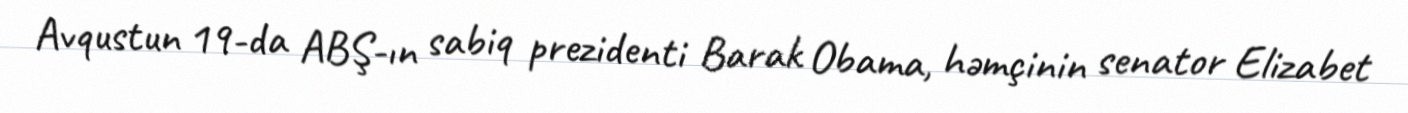
Avqustun 19-da ABŞ-ın sabiq prezidenti Barak Obama, həmçinin senator Elizabet